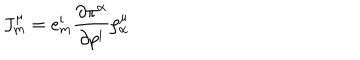
J _ { \mathrm { m } } ^ { \mu } = e _ { \mathrm { m } } ^ { \mathrm { i } } { \frac { \partial \pi ^ { \alpha } } { \partial p ^ { \mathrm { i } } } } \zeta _ { \alpha } ^ { \mu }